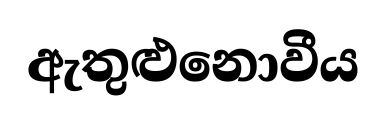
ඇතුළුනොවීය